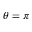
\theta = \pi